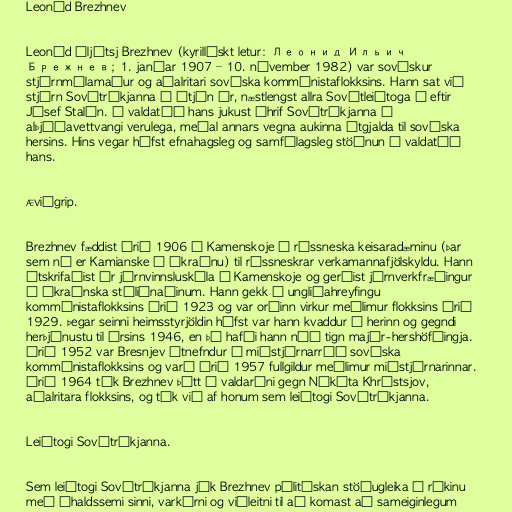
Leoníd Brezhnev

Leoníd Íljítsj Brezhnev (kyrillískt letur: Леонид Ильич
Брежнев; 1. janúar 1907 – 10. nóvember 1982) var sovéskur
stjórnmálamaður og aðalritari sovéska kommúnistaflokksins. Hann sat við
stjórn Sovétríkjanna í átján ár, næstlengst allra Sovétleiðtoga á eftir
Jósef Stalín. Á valdatíð hans jukust áhrif Sovétríkjanna á
alþjóðavettvangi verulega, meðal annars vegna aukinna útgjalda til sovéska
hersins. Hins vegar hófst efnahagsleg og samfélagsleg stöðnun á valdatíð
hans.

Æviágrip.

Brezhnev fæddist árið 1906 í Kamenskoje í rússneska keisaradæminu (þar
sem nú er Kamianske í Úkraínu) til rússneskrar verkamannafjölskyldu. Hann
útskrifaðist úr járnvinnsluskóla í Kamenskoje og gerðist járnverkfræðingur
í úkraínska stáliðnaðinum. Hann gekk í ungliðahreyfingu
kommúnistaflokksins árið 1923 og var orðinn virkur meðlimur flokksins árið
1929. Þegar seinni heimsstyrjöldin hófst var hann kvaddur í herinn og gegndi
herþjónustu til ársins 1946, en þá hafði hann náð tign majór-hershöfðingja.
Árið 1952 var Bresnjev útnefndur í miðstjórnarráð sovéska
kommúnistaflokksins og varð árið 1957 fullgildur meðlimur miðstjórnarinnar.
Árið 1964 tók Brezhnev þátt í valdaráni gegn Níkíta Khrústsjov,
aðalritara flokksins, og tók við af honum sem leiðtogi Sovétríkjanna.

Leiðtogi Sovétríkjanna.

Sem leiðtogi Sovétríkjanna jók Brezhnev pólitískan stöðugleika í ríkinu
með íhaldssemi sinni, varkárni og viðleitni til að komast að sameiginlegum